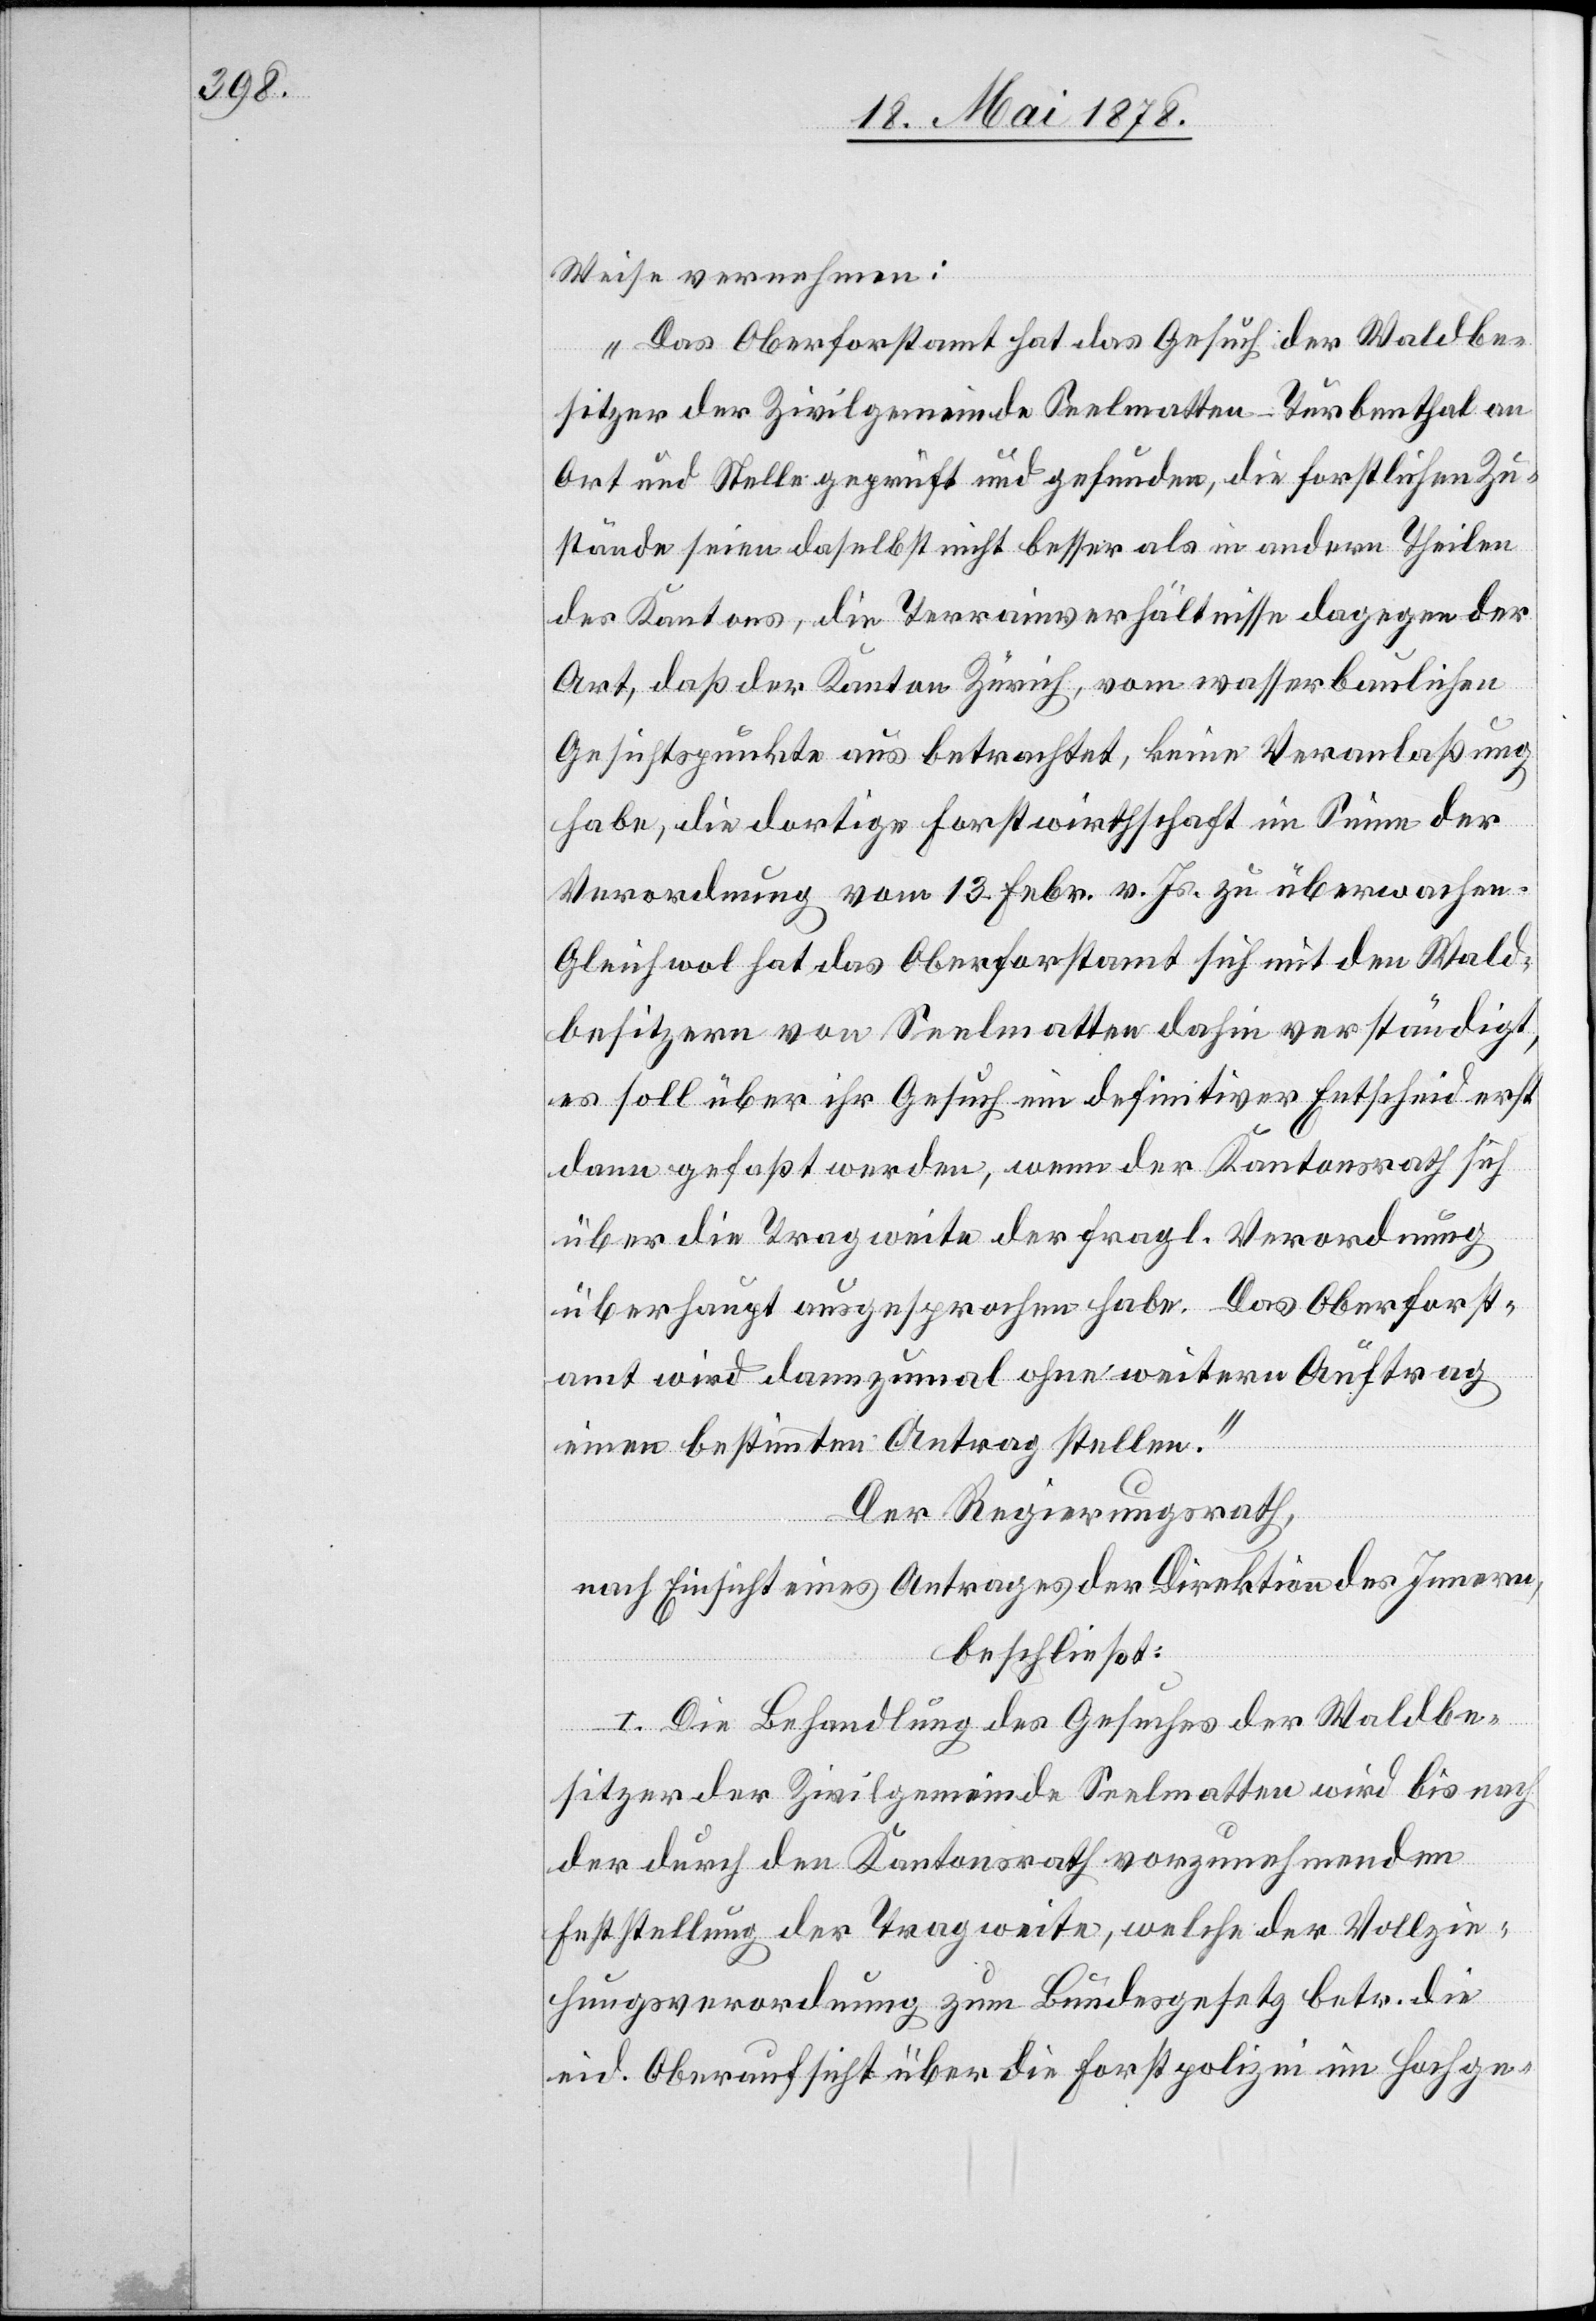
Weise vernehmen:
„Das Oberforstamt hat das Gesuch der Waldbe¬
sitzer der Zivilgemeinde Seelmatten - Turbenthal an
Ort und Stelle geprüft und gefunden, die forstlichen Zu¬
stände seien daselbst nicht besser als in andern Theilen
des Kantons, die Terrainverhältnisse dagegen der
Art, daß der Kanton Zürich, vom wasserbaulichen
Gesichtspunkte aus betrachtet, keine Veranlaßung
habe, die dortige Forstwirtschaft im Sinne der
Verordnung vom 13. Febr. v. Js. zu überwachen.
Gleichwol hat das Oberforstamt sich mit den Wald¬
besitzern von Seelmatten dahin verständigt,
es soll über ihr Gesuch ein definitiver Entscheid erst
dann gefaßt werden, wenn der Kantonsrath sich
über die Tragweite der fragl. Verordnung
überhaupt ausgesprochen habe. Das Oberforst¬
amt wird dannzumal ohne weitern Auftrag
einen bestimmten Antrag stellen.“
Der Regierungsrath,
nach Einsicht eines Antrages der Direktion des Innern,
beschließt:
I. Die Behandlung des Gesuches der Waldbe¬
sitzer der Zivilgemeinde Seelmatten wird bis nach
der durch den Kantonsrath vorzunehmenden
Feststellung der Tragweite, welche der Vollzie¬
hungsverordnung zum Bundesgesetz betr. die
eid. Oberaufsicht über die Forstpolizei im Hochge-